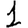
Digit: 1